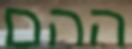
ההם